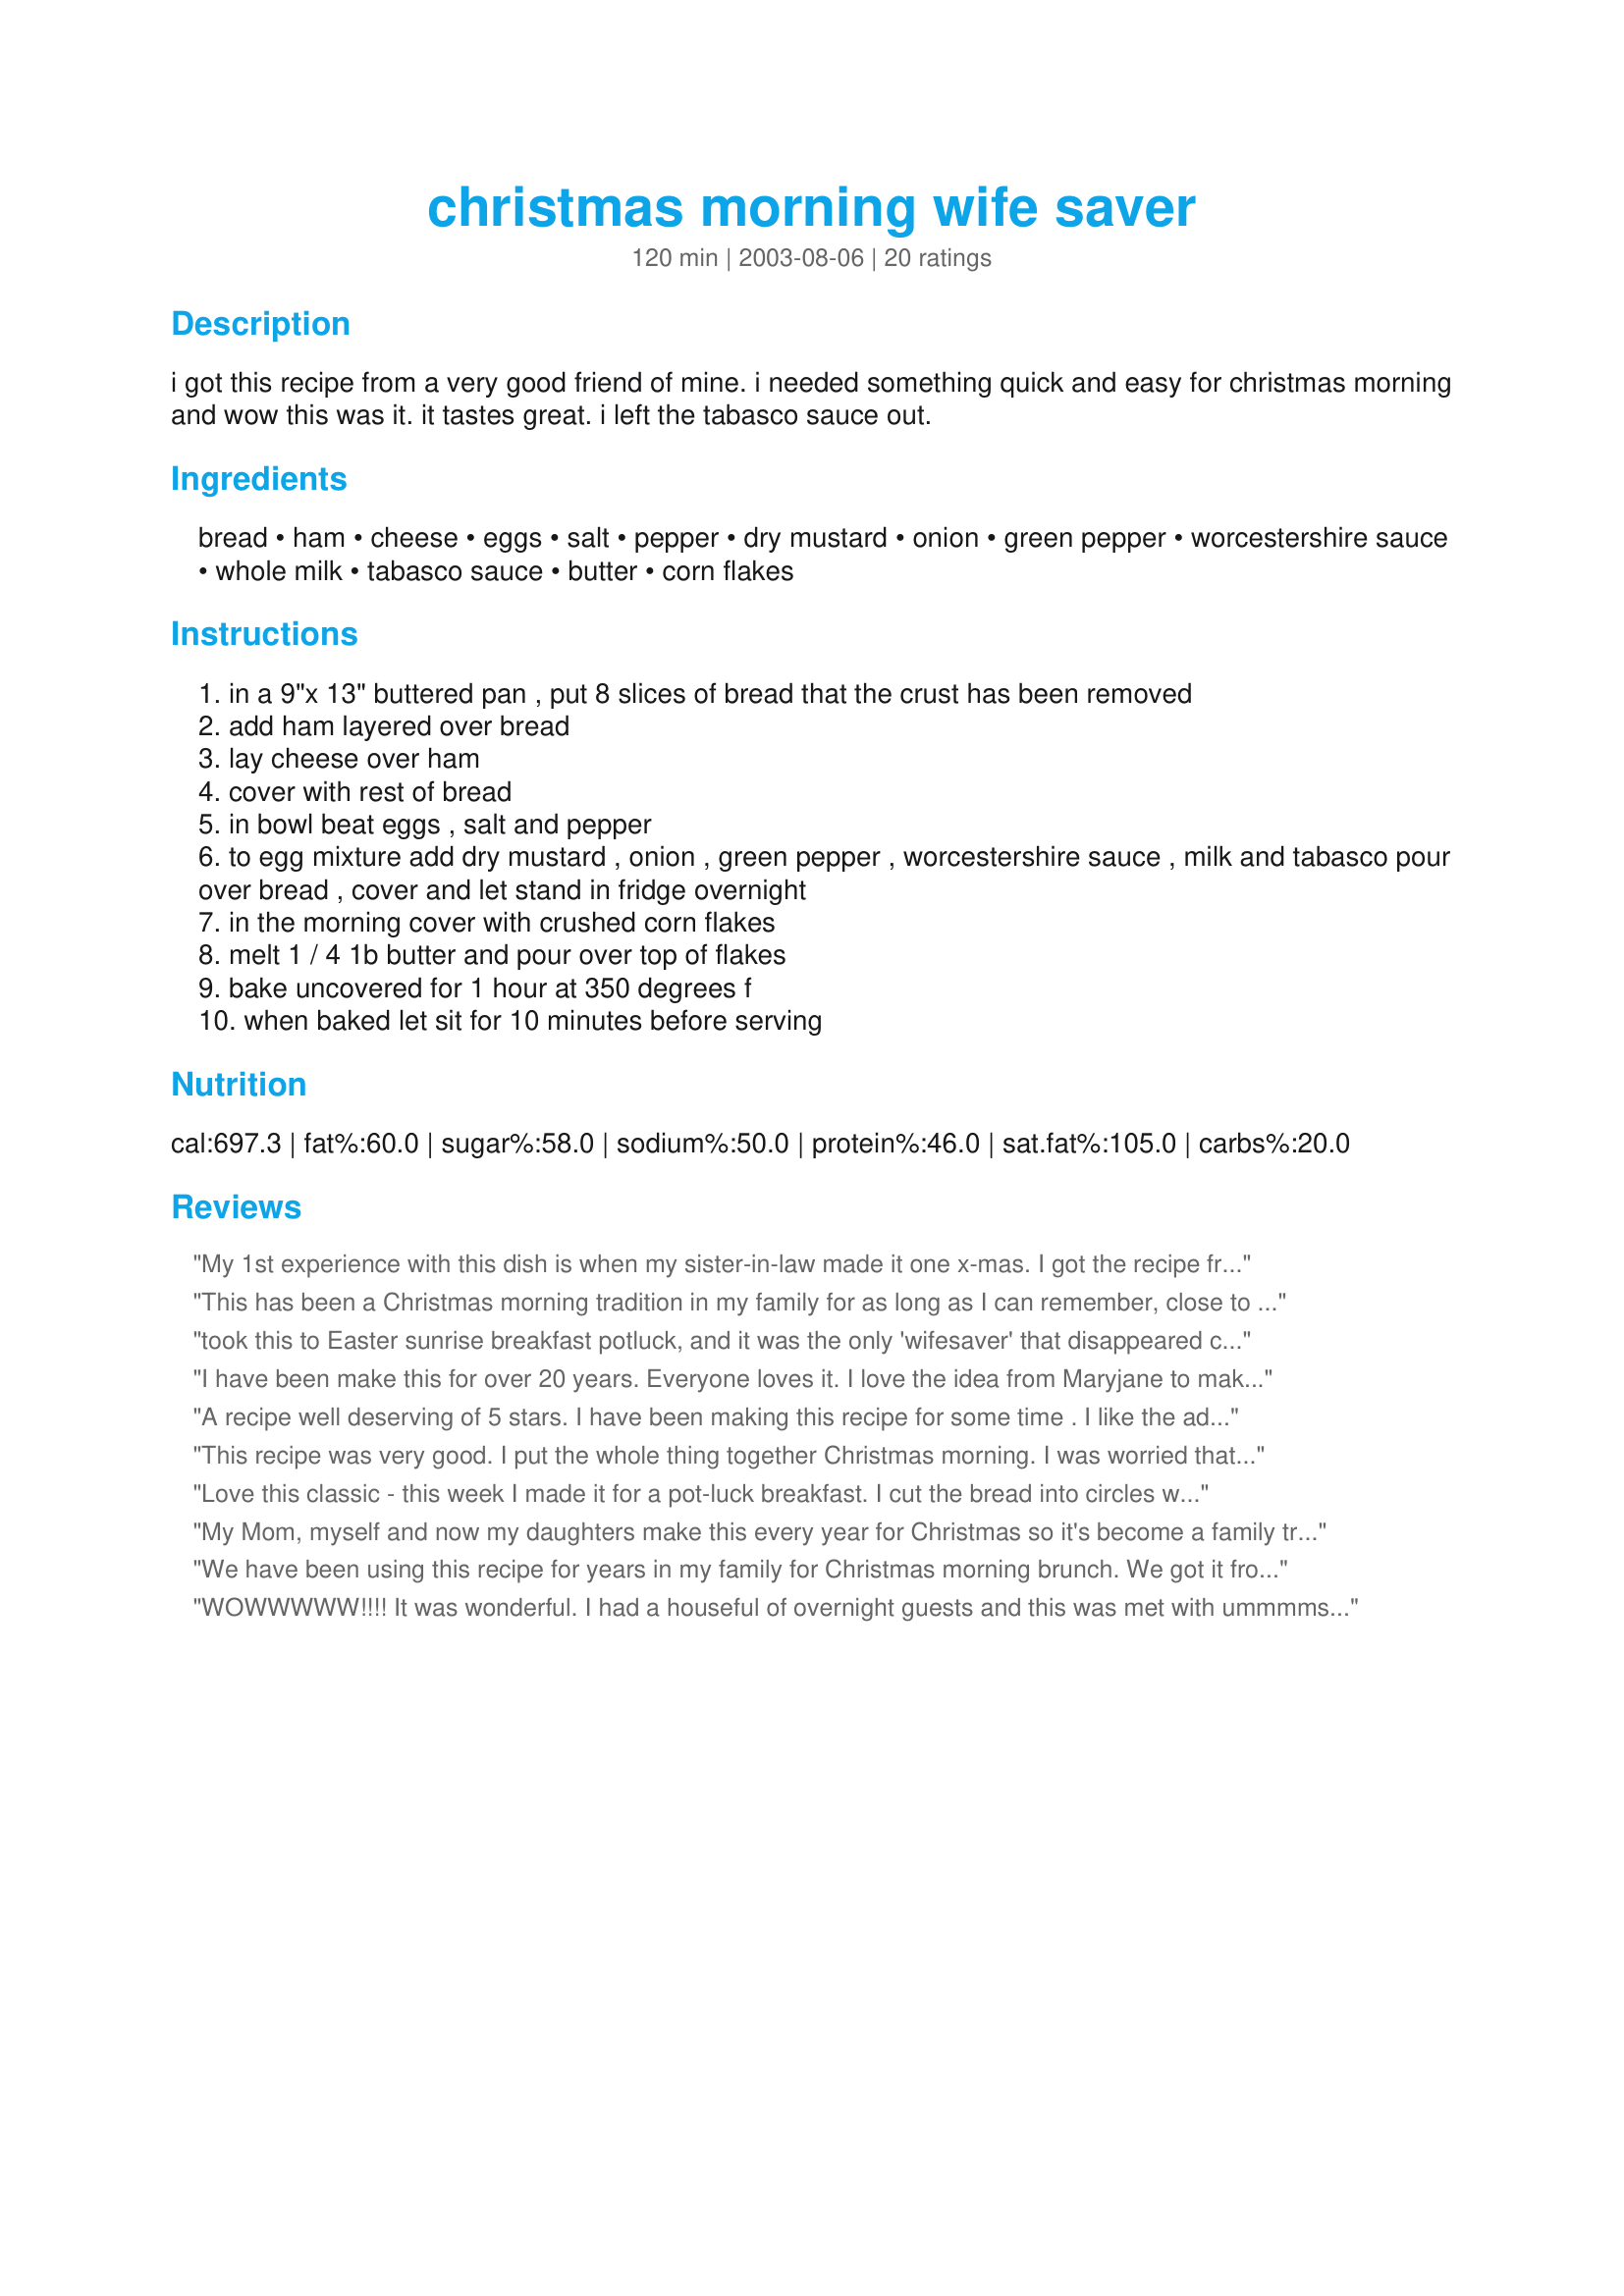
christmas morning wife saver
Preparation time: 120 minutes

i got this recipe from a very good friend of mine. i needed something quick and easy for christmas morning and wow this was it. it tastes great. i left the tabasco sauce out.

Ingredients:
bread, ham, cheese, eggs, salt, pepper, dry mustard, onion, green pepper, worcestershire sauce, whole milk, tabasco sauce, butter, corn flakes

Steps:
in a 9"x 13" buttered pan , put 8 slices of bread that the crust has been removed
add ham layered over bread
lay cheese over ham
cover with rest of bread
in bowl beat eggs , salt and pepper
to egg mixture add dry mustard , onion , green pepper , worcestershire sauce , milk and tabasco pour over bread , cover and let stand in fridge overnight
in the morning cover with crushed corn flakes
melt 1 / 4 1b butter and pour over top of flakes
bake uncovered for 1 hour at 350 degrees f
when baked let sit for 10 minutes before serving

Reviews:
My 1st experience with this dish is when my sister-in-law made it one x-mas. I got the recipe from her & have made it a few times since. This dish is very moist & fluffy with great flavours. The corn flake topping is a nice variation for a strata. I find I only use 10-12 bread slices & it feeds 8 servings in our household. I agree with the other reviewers, this a great recipe you should try at least once.
This has been a Christmas morning tradition in my family for as long as I can remember, close to 30 yrs I think... I remember that it was cut out of the Toronto Star newspaper originally, so it may have only been the last 25 years or so. ;)
We usually have enough people to feed that we make at least double the recipe, and some times use 8x8 pans as well to vary the ingredients. We leave out the green peppers, and usually do a pan without the onions. My favorite has always been crumbled bacon in place of the ham, and my dad swears it's best with sausage crumbles. It is also good made without any meat but with lightly steamed asparagus instead for a vegetarian version.
took this to Easter sunrise breakfast potluck, and it was the only 'wifesaver' that disappeared completely. It was awesome! Thanks for this!
I have been make this for over 20 years. Everyone loves it. I love the idea from Maryjane to make it into muffins. thank you for posting
A recipe well deserving of 5 stars. I have been making this recipe for some time . I like the addition of the tabasco sauce and worcestershire which just adds extra flavor. Great for overnight guests. Love it!!!
This recipe was very good. I put the whole thing together Christmas morning. I was worried that I did not leave enough time for the dish to sit, but it was fine. I did not remove the crust from the bread before I put it in the 9"x13" dish (I only used 4 pieces). I put a little too much green peppers in the dish, but it was still good.
Love this classic - this week I made it for a pot-luck breakfast.

I cut the bread into circles with a juice glass and followed the recipe using a muffin tin instead of the baking dish.

Baked in over at 350 degrees for 25-30 min.
My Mom, myself and now my daughters make this every year for Christmas so it's become a family tradition- also good with thin slices of Canadian(peameal) bacon instead of ham. Love the convenience and taste.
We have been using this recipe for years in my family for Christmas morning brunch. We got it from the "Best of Bridge" cookbook series, where I believe it originated. It is a delicious, labour saving brunch for a crowd. I use aged white cheddar cheese that I slice myself. I would discourage anyone from using the pre-sliced cheese wrapped in plastic-I just don't think you would get the same flavour. This year I somehow forgot to add the cereal and butter (I usually do that just before baking) and I hardly missed it. It does give a nice little bit of texture, though. Thanks for posting this recipe, Valerie in Australia. Now I don't have to haul my cookbooks out when I want to find it!
WOWWWWW!!!! It was wonderful. I had a houseful of overnight guests and this was met with ummmms and ahhhhhs the next morning. Very easy to assemble, the most time-consuming part was removing the crust. Next time I may get the bread with the crust already removed. 

I also want to try it for a luncheon with fresh asparagus and diced chicken or go spicey with green chilies.

Thank you for the wonderful recipe.
This was a delicious recipe, and one which worked well with the adaptations I made to meet the dietary restrictions of our family. I used egg substitute, skim milk and fat free cheese with very good success. I also skipped the butter & salt and merely sprayed the cornflakes with butter flavored cooking spray and the topping turned out nice and crispy. Our non-heart patient guests were non the wiser. Thank you Valerie for sharing your recipe which was so easily adapted.
From the Best of Bridge, "Enjoy" cookbook. A definite winner.
Loved this, it was perfect for our Thanksgiving morning breakfast. Had a LOT of company staying over and with all the prep work going on it was great to make this up the day before and then just pop in the oven the next morning. Made it following the directions to the letter and turned out great, and was enjoyed by all - plus it looked pretty too and since it was a meal in one pan, clean up was also a breeze. What more could you want.
Wow! This was so easy and so good! Everyone loved it and asked me for the recipe! I'm gonna try it with different meats and cheeses next time like the other reviewers suggested. Thank you so much!
I halved the recipe and cooked in an 8x8 dish. Enjoyed it but unintentionally doubled the ham and cheese as I didn't read the instructions before putting everything together. Still tasty, though.
I made this for Christmas breakfast for my family, my parents and my brother. I, too, left the tobasco out. Everyone LOVED it. My brother even had a big helping - and he doesn't like bread (yea, I know *shakes head*: there's one in every family)
I have made this using Canadian bacon instead of ham. I get lots of compliments as well as requests for recipe.
A favourite of ours. Makes our Christmas morning breakfast easy and enjoyable. Letting it sit after it comes out of the oven works best - so it will set.
We had this the morning after a family reunion at my Aunt Joanne's. All I can say is YUMMY!!! This was so good I'm drooling just thinking about it. It was hearty and just delicious. Enjoy everyone, I know my family did!
I have been making this for years; my mom passed this one to me. Did make some changes though. Instead of the ham I use corn beef. It spreads out nicely and gives it a nice taste. Also I don't use whole milk, just 2%, and enough just to cover the bread. I make this with the Land of Nod Cinnamon Buns (#22526) and a nice fruit salad. My girls demand this for Christmas
